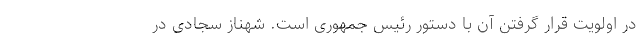
در اولویت قرار گرفتن آن با دستور رئیس جمهوری است. شهناز سجادی در